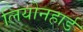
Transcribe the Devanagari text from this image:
लियोनहार्ड